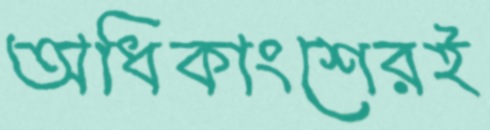
অধিকাংশেরই